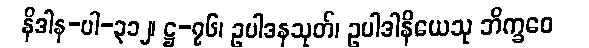
နိဒါန-ပါ-၃၁၂၊ ဋ္ဌ-၇၆၊ ဥပါဒနသုတ်၊ ဥပါဒါနိယေသု ဘိက္ခဝေ